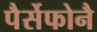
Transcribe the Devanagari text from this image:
पैर्सेफोनै